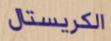
الكريستال